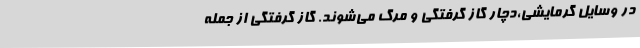
در وسایل گرمایشی،دچار گاز گرفتگی و مرگ می‌شوند. گاز گرفتگی از جمله